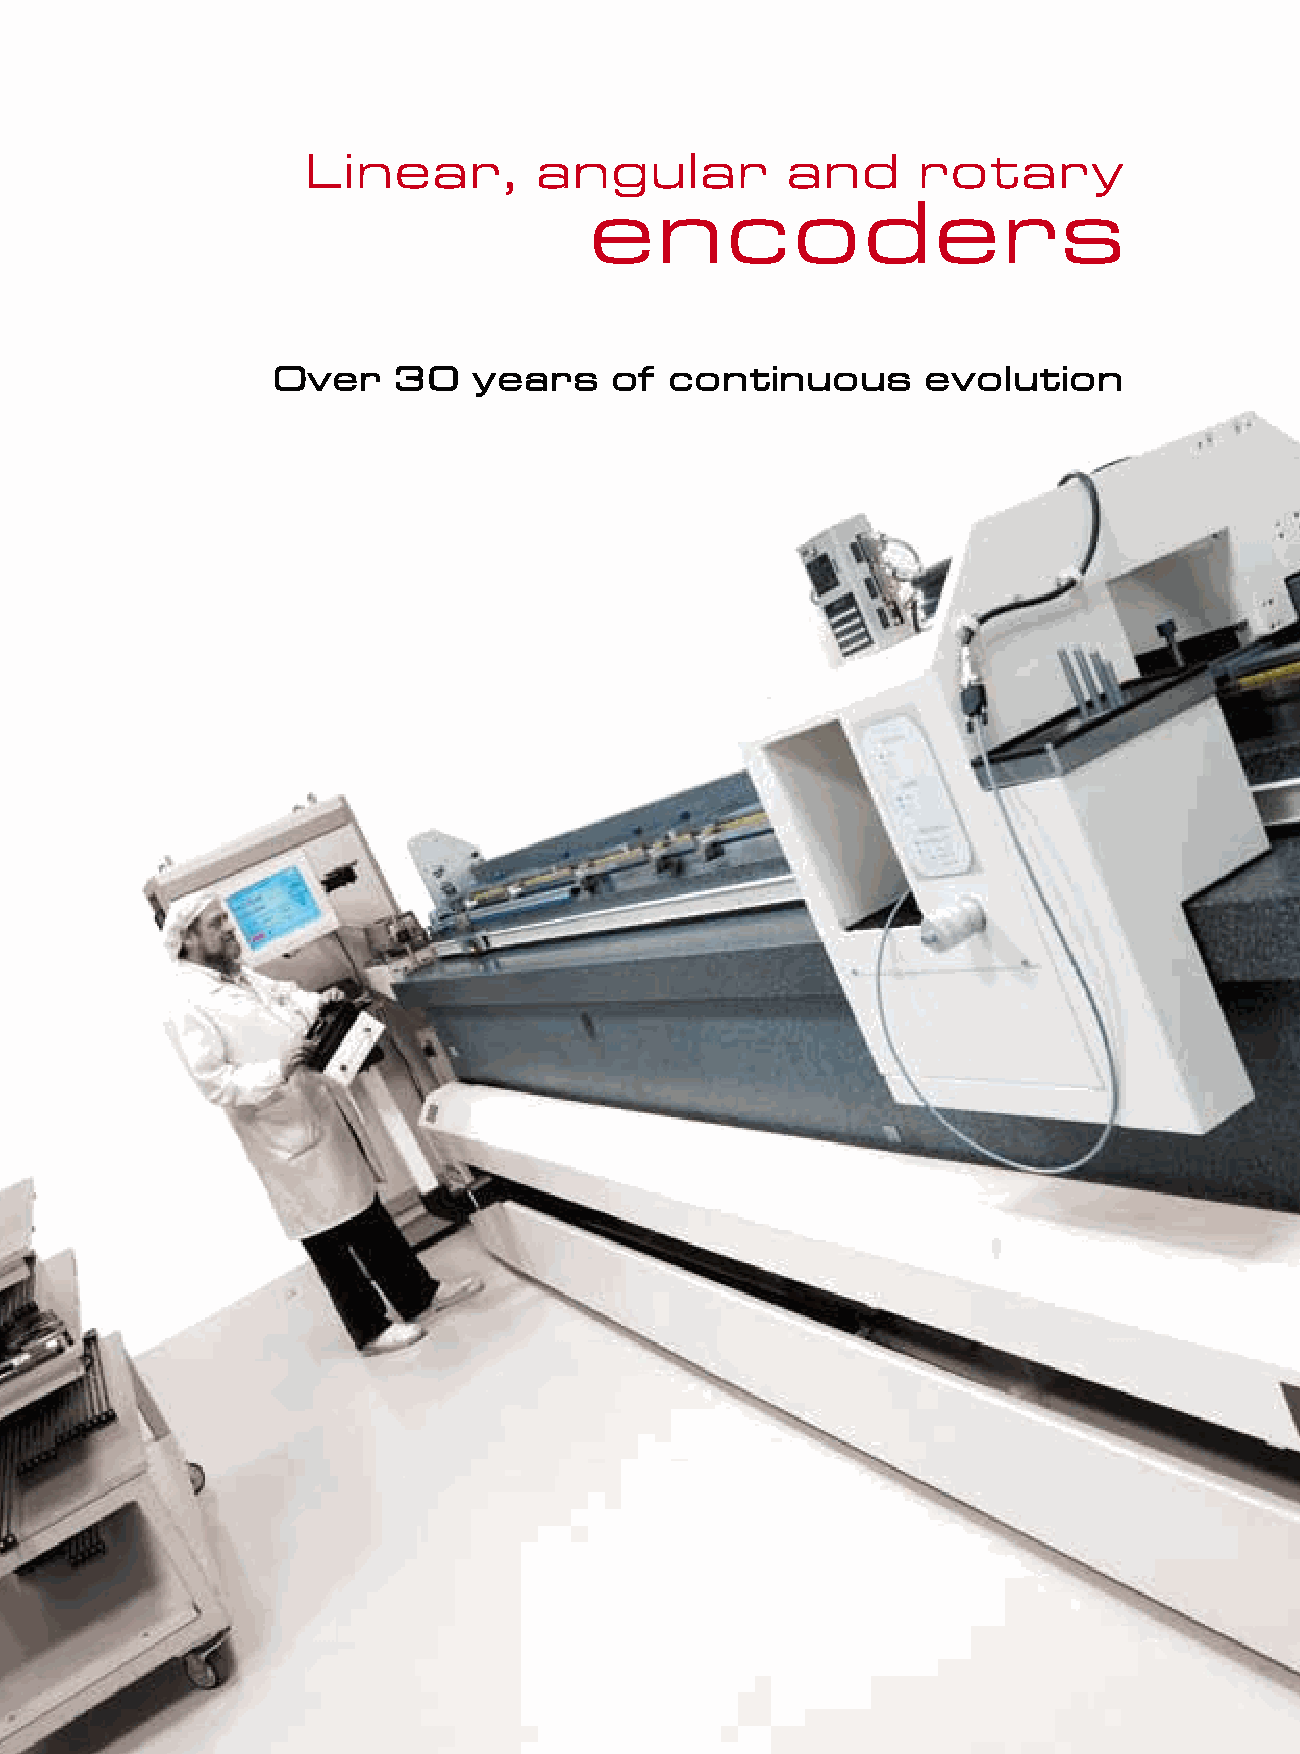
Linear,         angular         and      rotary
 e    n   c    o   d    e   r   s
 Over    30   years     of continuous       evolution